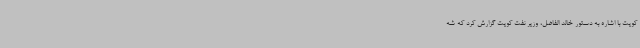
کویت با اشاره به دستور خالد الفاضل، وزیر نفت کویت گزارش کرد که شه